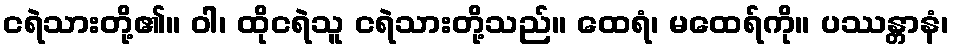
ငရဲသားတို့၏။ ဝါ၊ ထိုငရဲသူ ငရဲသားတို့သည်။ ထေရံ၊ မထေရ်ကို။ ပဿန္တာနံ၊